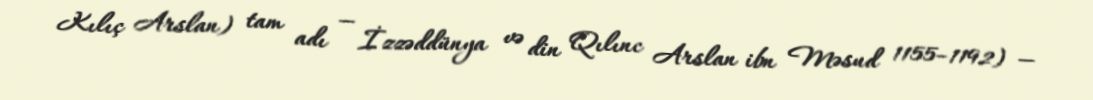
Kılıç Arslan) tam adı — İzzəddünya və din Qılınc Arslan ibn Məsud 1155–1192) —